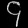
Digit: ၄